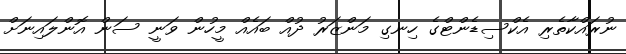
ނުރައްކާތެރި އެކްސިޑެންޓްގެ ހިނގި މަންޒަރު ދުއް ބައެއް މީހުން ވަނީ ސަން އޮންލައިނަށް